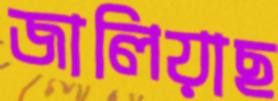
জালিয়াছ